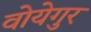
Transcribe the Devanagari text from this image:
वोयेगुर